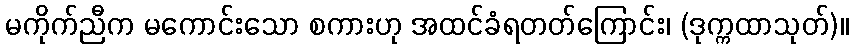
မကိုက်ညီက မကောင်းသော စကားဟု အထင်ခံရတတ်ကြောင်း၊ (ဒုက္ကထာသုတ်)။